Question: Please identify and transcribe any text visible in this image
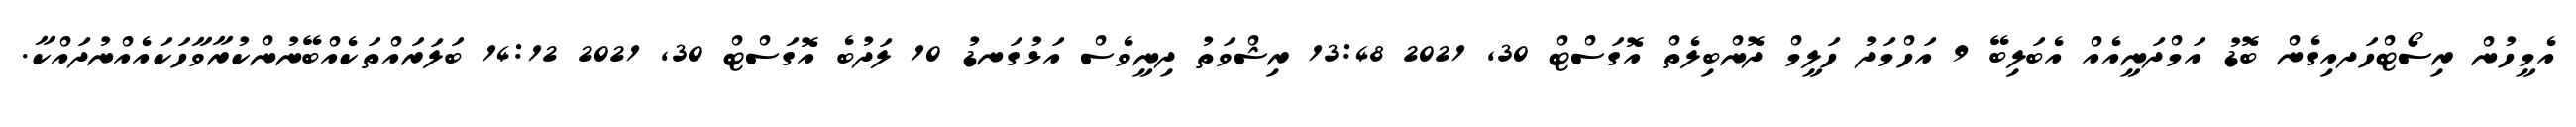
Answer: އެމީހުން ރިސޯޓްހަދއިގެން ބޮޑު އަމްދަނީއެއް އެބަލިބޭ 9 އަހްމަދު ހަލީމް ދޮންބިލެތް އޮގަސްޓް 30, 2021 13:48 ރިޝްވަތު ދިނީވެސް އަޅުގަނޑު 10 ލަދުބެ އޮގަސްޓް 30, 2021 14:12 ބަލަރައްތަކެއްބޭނުންކުރާވާހަކައެއްނުދައްކާ.